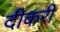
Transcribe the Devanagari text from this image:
दीकरी